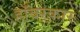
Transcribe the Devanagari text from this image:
हॉवरकार